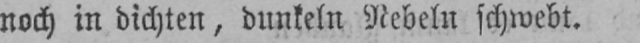
noch in dichten, dunkeln Nebeln schwebt.